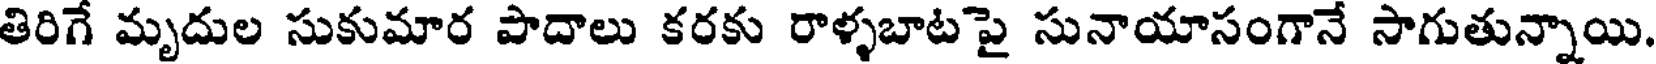
తిరిగే మృదుల సుకుమార పాదాలు కరకు రాళ్ళబాటపై సునాయాసంగానే సాగుతున్నాయి.